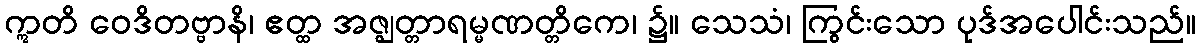
ဣတိ ဝေဒိတဗ္ဗာနိ၊ ဧတ္ထ အဇ္ဈတ္တာရမ္မဏတ္တိကေ၊ ၌။ သေသံ၊ ကြွင်းသော ပုဒ်အပေါင်းသည်။